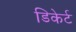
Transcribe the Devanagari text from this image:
डिकेर्ट